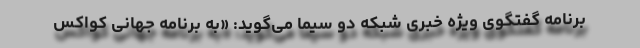
برنامه گفتگوی ویژه خبری شبکه دو سیما می‌گوید: «به برنامه جهانی کواکس